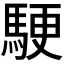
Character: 𬳬